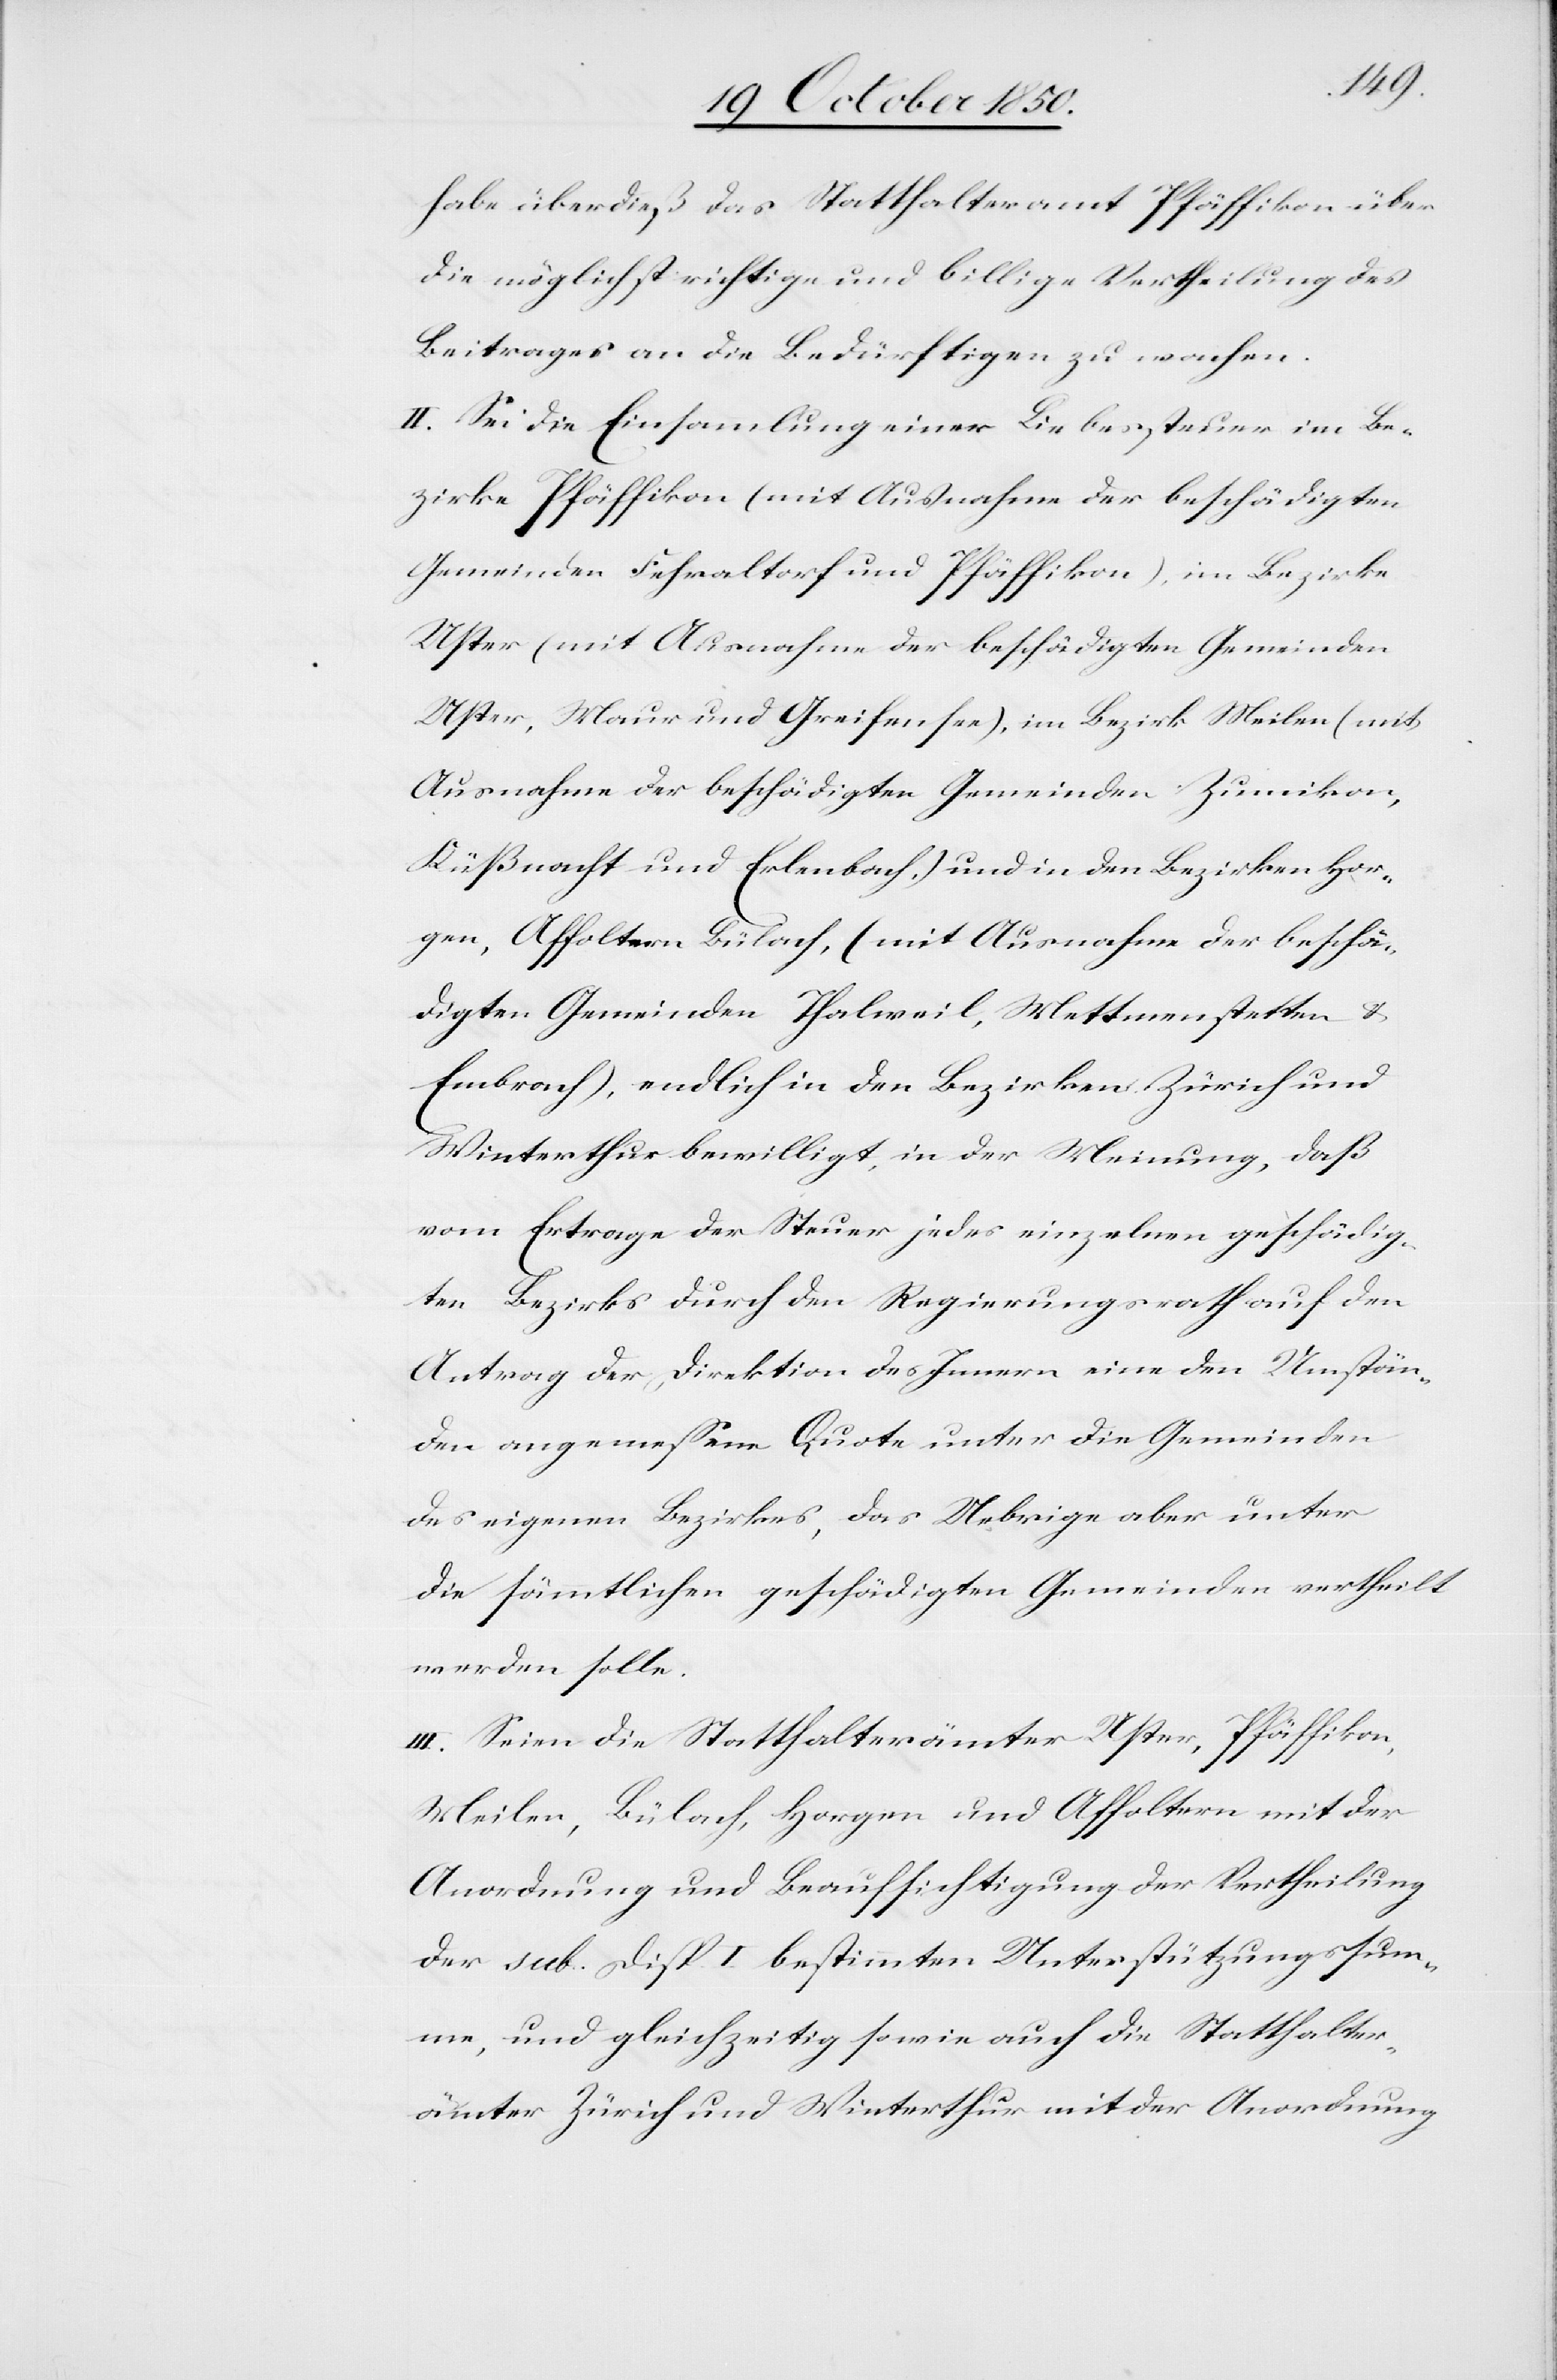
habe überdieß das Statthalteramt Pfäffikon über
die möglichst richtige und billige Vertheilung des
Beitrages an die Bedürftigen zu wachen.
II. Sei die Einsammlung einer Liebessteuer im Be¬
zirke Pfäffikon (mit Ausnahme der beschädigten
Gemeinden Fehraltorf und Pfäffikon), im Bezirke
Uster (mit Ausnahme der beschädigten Gemeinden
Uster, Maur und Greifensee), im Bezirk Meilen (mit
Ausnahme der beschädigten Gemeinden Zumikon,
Küßnacht und Erlenbach,) und in den Bezirken Hor¬
gen, Affoltern[,] Bülach, (mit Ausnahme der beschä¬
digten Gemeinden Thalweil, Mettmenstetten &
Embrach), endlich in den Bezirken Zürich und
Winterthur bewilligt, in der Meinung, daß
vom Ertrage der Steuer jedes einzelnen geschädig¬
ten Bezirks durch den Regierungsrath auf den
Antrag der Direktion des Innern eine den Umstän¬
den angemessene Quote unter die Gemeinden
des eigenen Bezirkes, das Uebrige aber unter
die sämmtlichen geschädigten Gemeinden vertheilt
werden solle.
III. Seien die Statthalterämter Uster, Pfäffikon,
Meilen, Bülach, Horgen und Affoltern mit der
Anordnung und Beaufsichtigung der Vertheilung
der sub. Disp. I. bestimmten Unterstützungssum¬
me, und gleichzeitig sowie auch die Statthalter¬
ämter Zürich und Winterthur mit der Anordnung